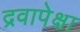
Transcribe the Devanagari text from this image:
द्रवापेक्षा